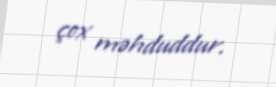
çox məhduddur.